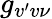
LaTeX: g_{v^{\prime}v\nu}